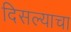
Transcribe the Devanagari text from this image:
दिसल्याचा